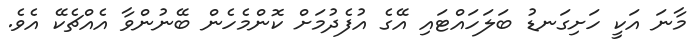
މާނަ އަކީ ހަށިގަނޑު ބަލަހައްޓައި އޭގެ އުފެދުމަށް ކޮންމެހެން ބޭނުންވާ އެއްޗެކޭ އެވެ.